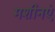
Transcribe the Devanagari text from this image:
मशीनएं